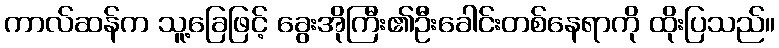
ကာလ်ဆန်က သူ့ခြေဖြင့် ခွေးအိုကြီး၏ဦးခေါင်းတစ်နေရာကို ထိုးပြသည်။